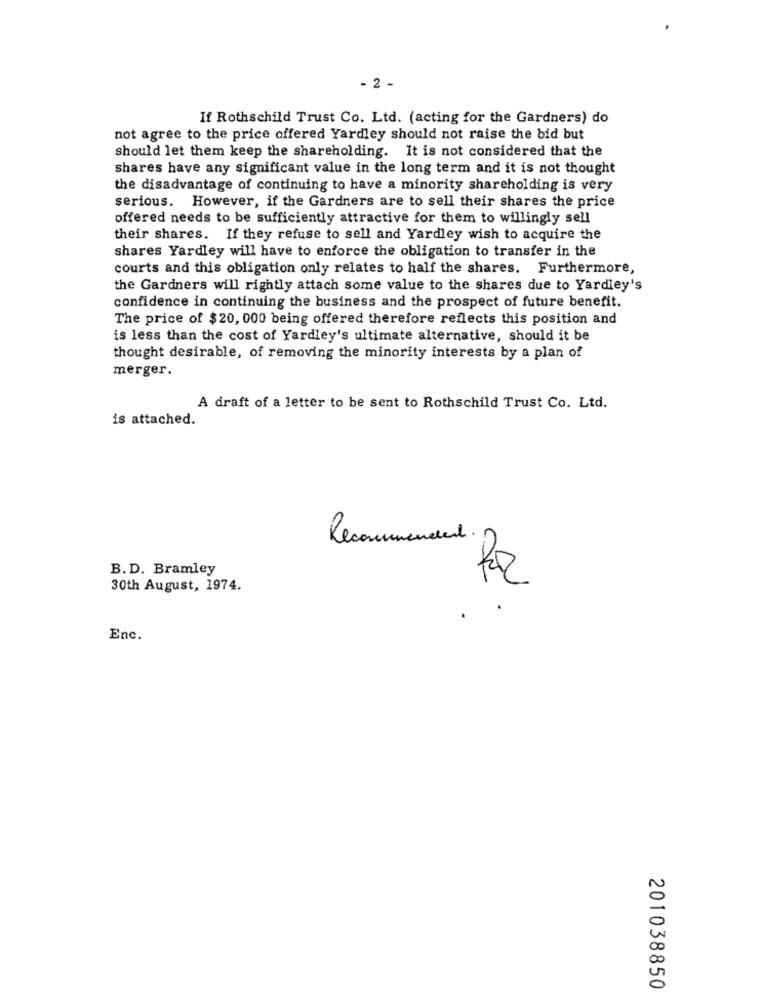
- 2 -
If Rothschild Trust Co. Ltd. (acting for the Gardners) do
not agree to the price offered Yardley should not raise the bid but
should let them keep the shareholding. It is not considered that the
shares have any significant value in the long term and it is not thought
the disadvantage of continuing to have a minority shareholding is very
serious. However, if the Gardners are to sell their shares the price
offered needs to be sufficiently attractive for them to willingly sell
their shares. If they refuse to sell and Yardley wish to acquire the
shares Yardley will have to enforce the obligation to transfer in the
courts and this obligation only relates to half the shares. Furthermore,
the Gardners will rightly attach some value to the shares due to Yardley's
confidence in continuing the business and the prospect of future benefit.
The price of $20, 000 being offered therefore reflects this position and
is less than the cost of Yardley's ultimate alternative, should it be
thought desirable, of removing the minority interests by a plan of
merger.
A draft of a letter to be sent to Rothschild Trust Co. Ltd.
is attached.
Recommended.
B.D. Bramley
30th August, 1974.
Enc.
201038850